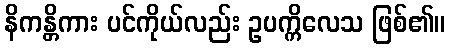
နိကန္တိကား ပင်ကိုယ်လည်း ဥပက္ကိလေသ ဖြစ်၏။